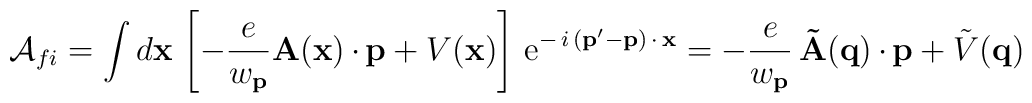
{\cal A}_{fi}=\int d{\bf x\,}\left[ -\frac e{w_{{\bf p}}}{\bf A}({\bf x})\, {\bf \cdot \,p}+V({\bf x})\right] \,{\rm e}^{-\,i\,({\bf p}^{\prime }-{\bf p})\,{\bf \cdot \,x}}=-\frac e{w_{{\bf p}}}\,{\bf \tilde A(q})\,{\bf \cdot \,p}+\tilde V({\bf q})\;\;\;